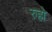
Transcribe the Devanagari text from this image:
रुहो